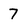
Character: 7